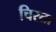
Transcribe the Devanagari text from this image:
चिरता